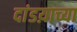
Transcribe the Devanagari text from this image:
दांडय़ाच्या